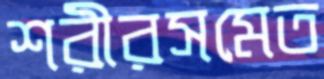
শরীরসমেত